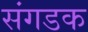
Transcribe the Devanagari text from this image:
संगडक